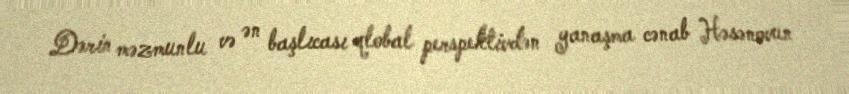
Dərin məzmunlu və ən başlıcası qlobal perspektivdən yanaşma cənab Həsənovun